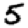
Digit: 5